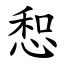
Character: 惒